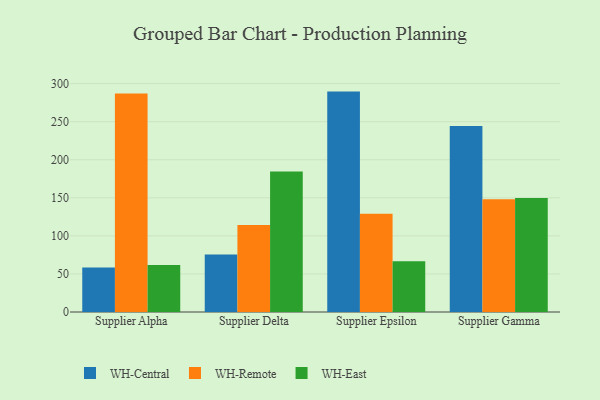
{"axis": {"x": "Supplier", "y": "Active Users"}, "legend": ["WH-Central", "WH-East", "WH-Remote"], "data": [{"x": "Supplier Alpha", "y": 58.5, "type": "WH-Central"}, {"x": "Supplier Alpha", "y": 287.0, "type": "WH-Remote"}, {"x": "Supplier Alpha", "y": 61.7, "type": "WH-East"}, {"x": "Supplier Delta", "y": 75.4, "type": "WH-Central"}, {"x": "Supplier Delta", "y": 114.4, "type": "WH-Remote"}, {"x": "Supplier Delta", "y": 184.5, "type": "WH-East"}, {"x": "Supplier Epsilon", "y": 289.5, "type": "WH-Central"}, {"x": "Supplier Epsilon", "y": 129.2, "type": "WH-Remote"}, {"x": "Supplier Epsilon", "y": 66.6, "type": "WH-East"}, {"x": "Supplier Gamma", "y": 244.4, "type": "WH-Central"}, {"x": "Supplier Gamma", "y": 148.2, "type": "WH-Remote"}, {"x": "Supplier Gamma", "y": 149.9, "type": "WH-East"}]}